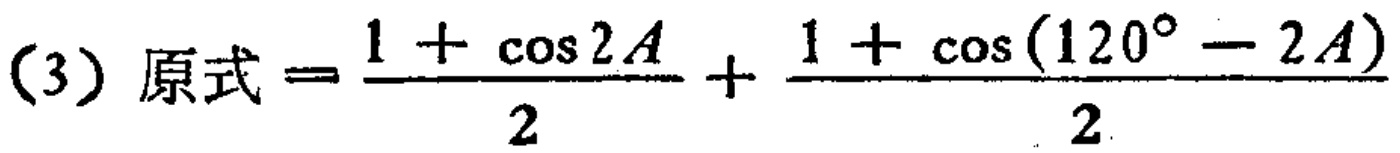
(3) 原式$=\frac{1 + \cos 2A}{2}+\frac{1 + \cos(120^{\circ}-2A)}{2}$